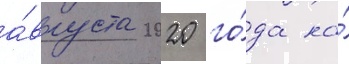
а́вгуста 2020 го́да на́